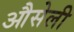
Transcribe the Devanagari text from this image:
औसेली